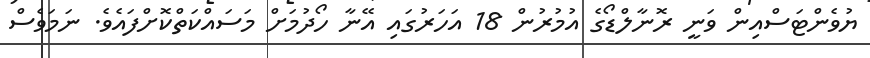
ޔުވެންޓަސްއިން ވަނީ ރޮނާލްޑޯގެ އުމުރުން 18 އަހަރުގައި އޭނާ ހޯދުމަށް މަސައްކަތްކޮށްފައެވެ. ނަމަވެސް